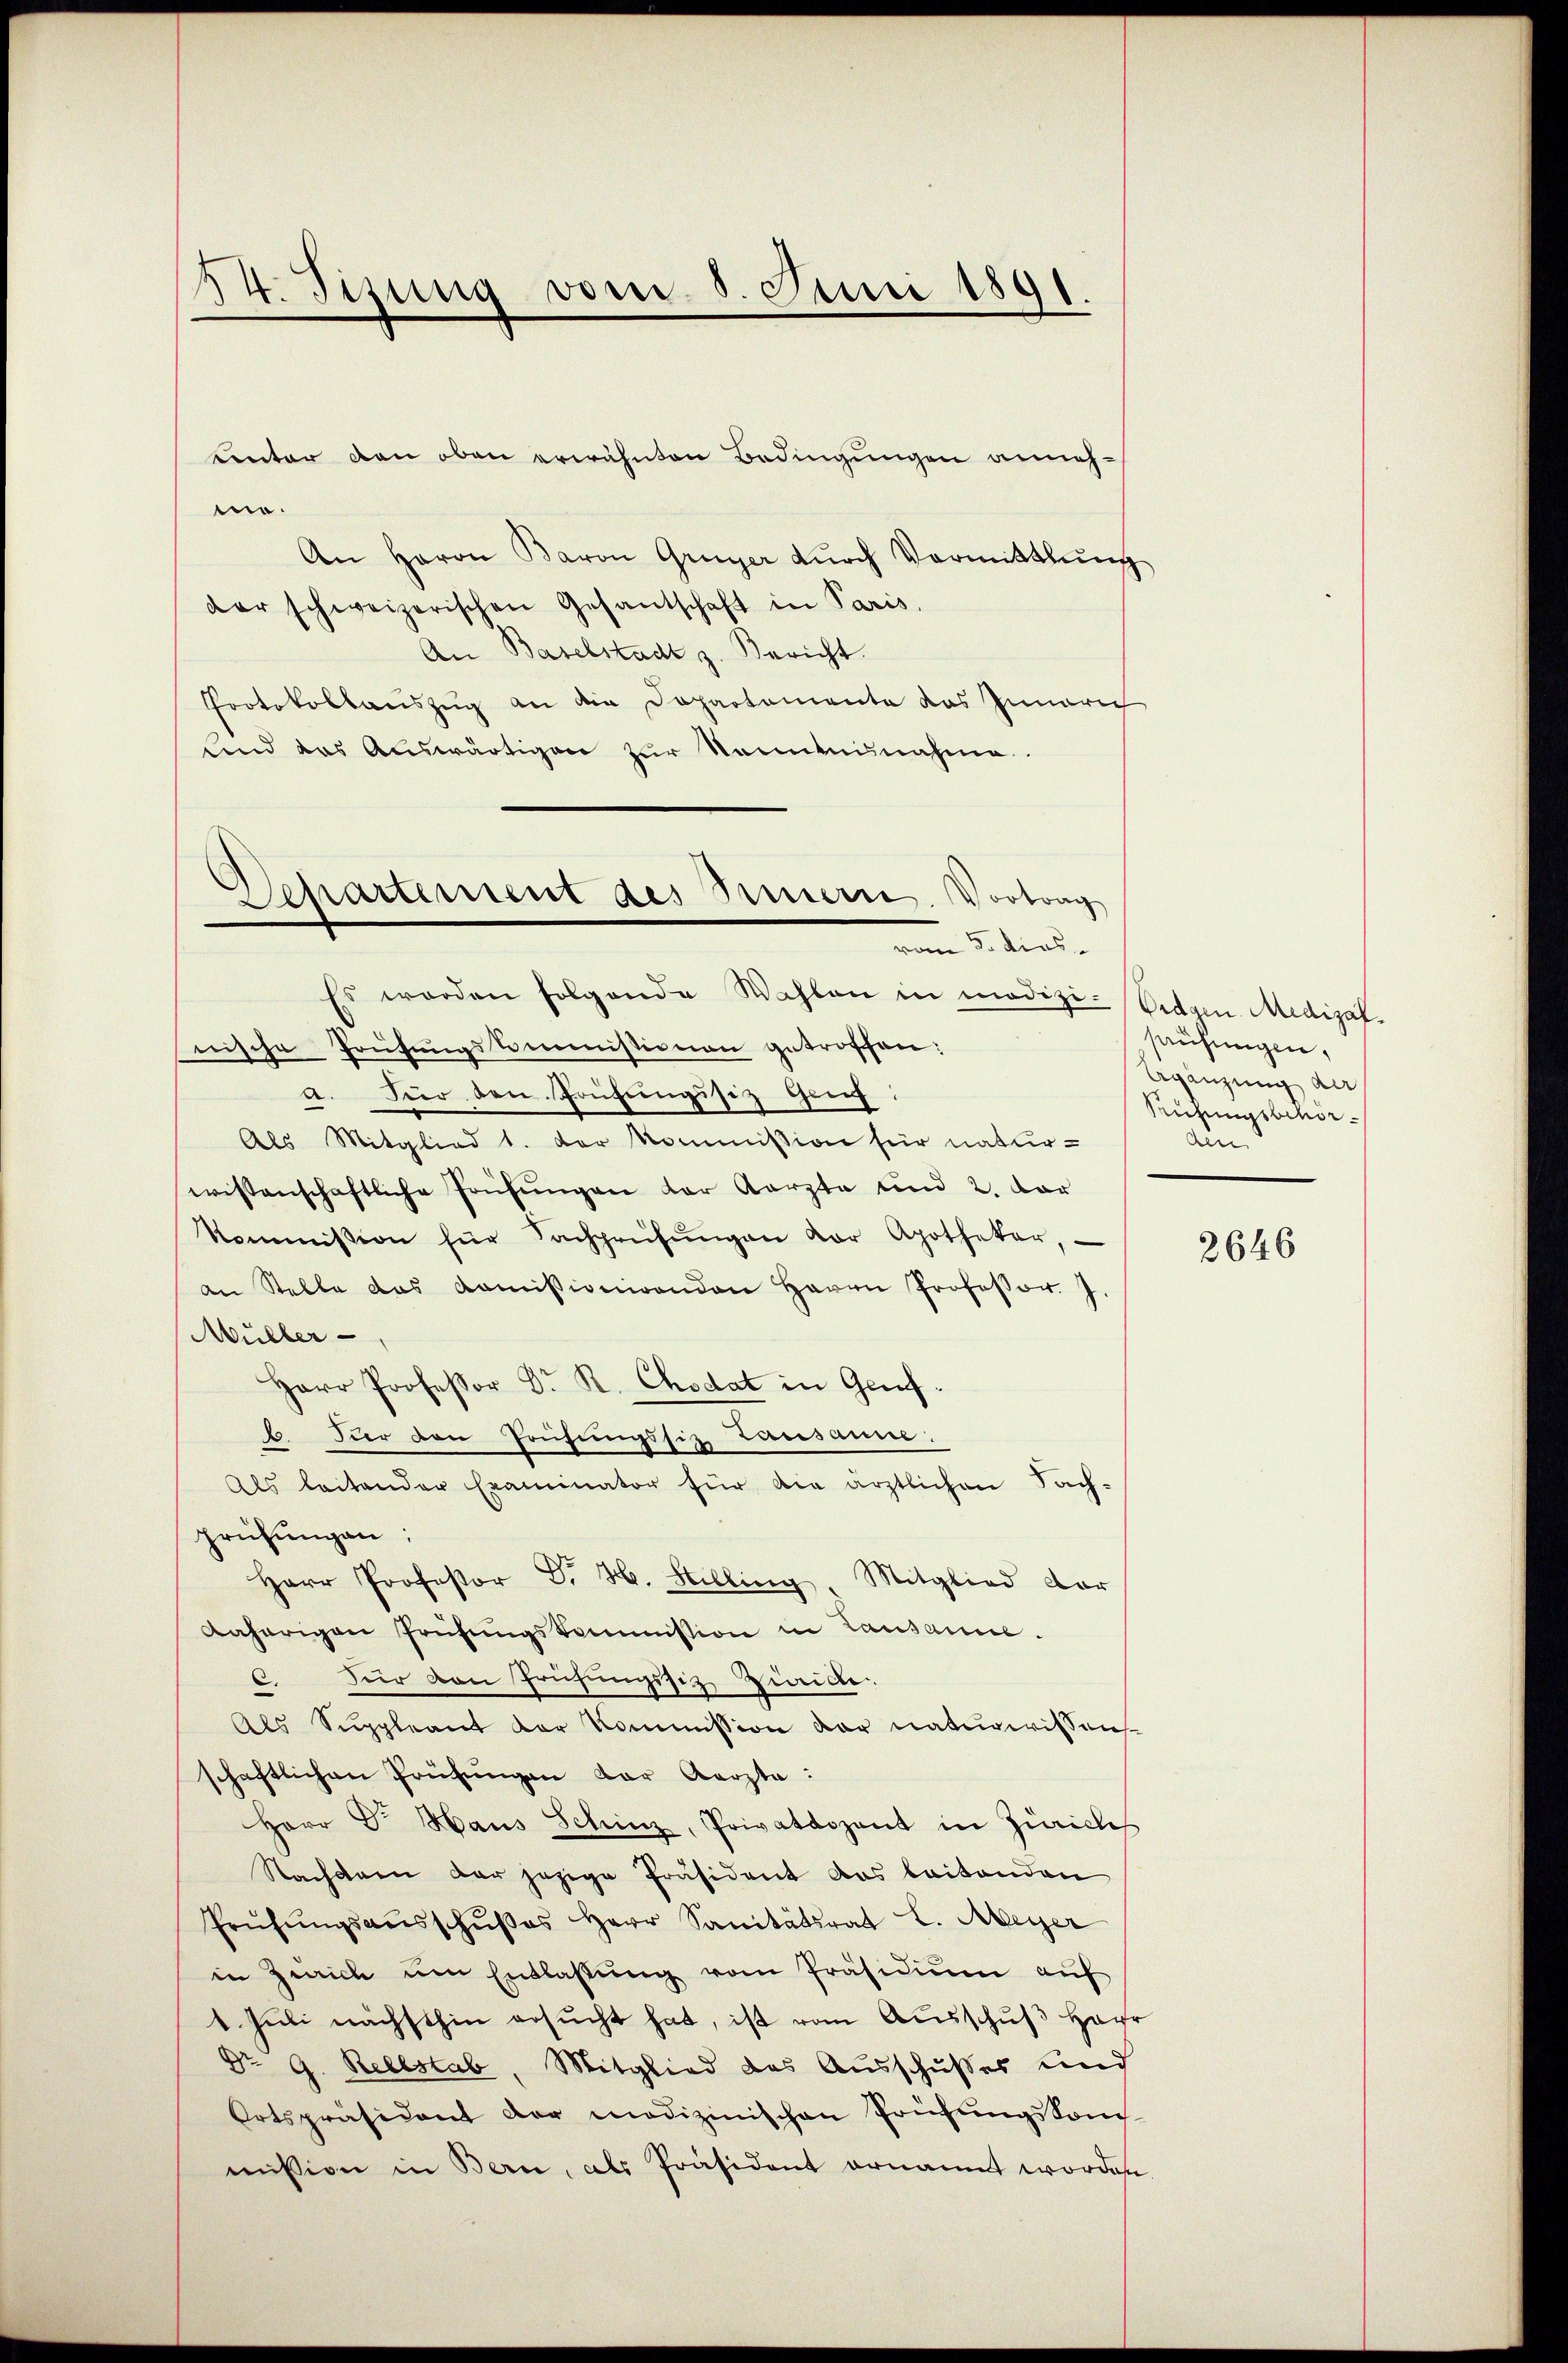
34. Titung vom 5. Juni 1891.

unter den oben erwähnten Bedingungen annehme.
An Herrn Baron Grüger durch Vormittlung
der schweizerischen Gesantschaft in Paris.
An Baselstadt z. Bericht.
Protokollauszug an die Departemente das Inneri
und das Auswärtigen zur Kenntnisnahme.

Departement des Sinnern. Vortrag
vom 3. dies

Es werden folgende Wahlen in medizi-Vidgen. Medizalnische Prüfungskommissionen getroffen:
a. Für den Prüfungssiz Geis
Als Mitglied 1. der Kommission für natur-
wissenschaftliche Prüfŭngen der Karzte und 2. vor
kommission für Sachprüfŭngen vor Apothekar,
an Stelle das Koṁissionirenden Herrn Professor. J.
Müller-
Herr Professor Dr. R. Chodat in Genf.
. Für den Prüfungssiz, Lausann.
Als leitender Examinator für die ärztlichen Sach-
prüfŭngen;
Herr Professor G. H. Stelling. Mitglied dar
daherigen frühŭngskommission in Lausanne.
C. Für den Prüfungssitz Zuwide
Als Suppleant der Kommission der naturwissens
schaftlichen Prüfŭngen der Aerzta:
Herr Dr. Haus Schinz, Privatdozent in Zürichis
Nachdem der jezige Präsident das leitenden
Prüfŭngsaŭsschŭβes Herr Sanitätsrat L. Meyer
in Zürich um Entlassŭng vom Präsidium auf
1. Juli nächsthin ersucht hat, ist vom Ausschuß Herr
Dr G. Rellstab, Mitglied des Aŭsschusses und
Ortspräsident der medizinischen Prüfŭngskom-
mission in Bern, als Präsident ernannt worden

saufungen,
Agänzung au
Rühungsbehörden

2646